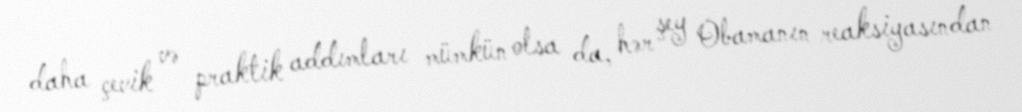
daha çevik və praktik addımları mümkün olsa da, hər şey Obamanın reaksiyasından